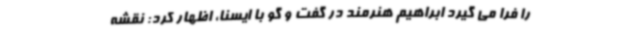
را فرا می گیرد ابراهیم هنرمند در گفت و گو با ایسنا، اظهار کرد: نقشه